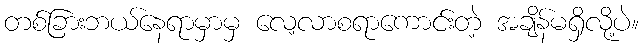
တစ်ခြားဘယ်နေရာမှာမှ လေ့လာစရာကောင်းတဲ့ အချိန်မရှိလို့ပဲ။